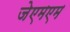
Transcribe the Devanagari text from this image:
जेएमएम